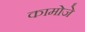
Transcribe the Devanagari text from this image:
कामोजे